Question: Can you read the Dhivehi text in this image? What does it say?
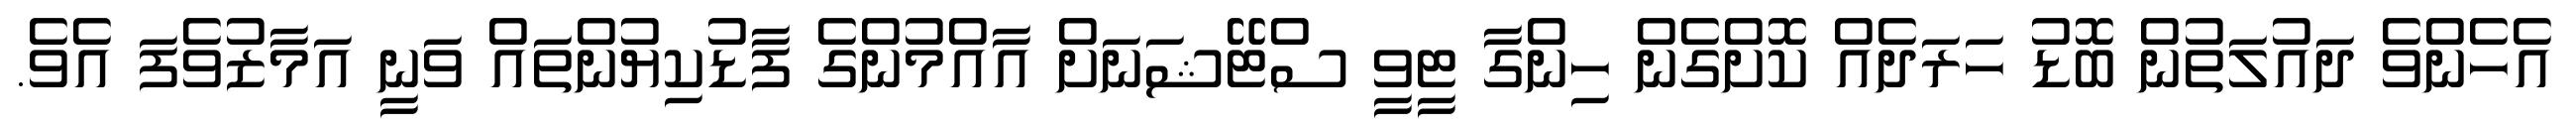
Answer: އެހެންވެ ދައުލަތުން ބޮޑު ހަރަދެއް ކޮށްގެން ހިންގާ ޓީވީ ސްޓޭޝަނަށް އާއްމުންގެ ފާޑުކިޔުންތައް ވަނީ އަމާޒުވެފަ އެވެ.